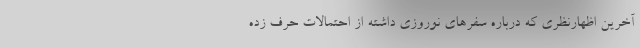
آخرین اظهارنظری که درباره سفرهای نوروزی داشته از احتمالات حرف زده